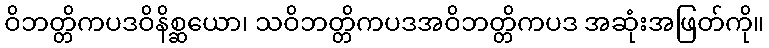
ဝိဘတ္တိကပဒဝိနိစ္ဆယော၊ သဝိဘတ္တိကပဒအဝိဘတ္တိကပဒ အဆုံးအဖြတ်ကို။